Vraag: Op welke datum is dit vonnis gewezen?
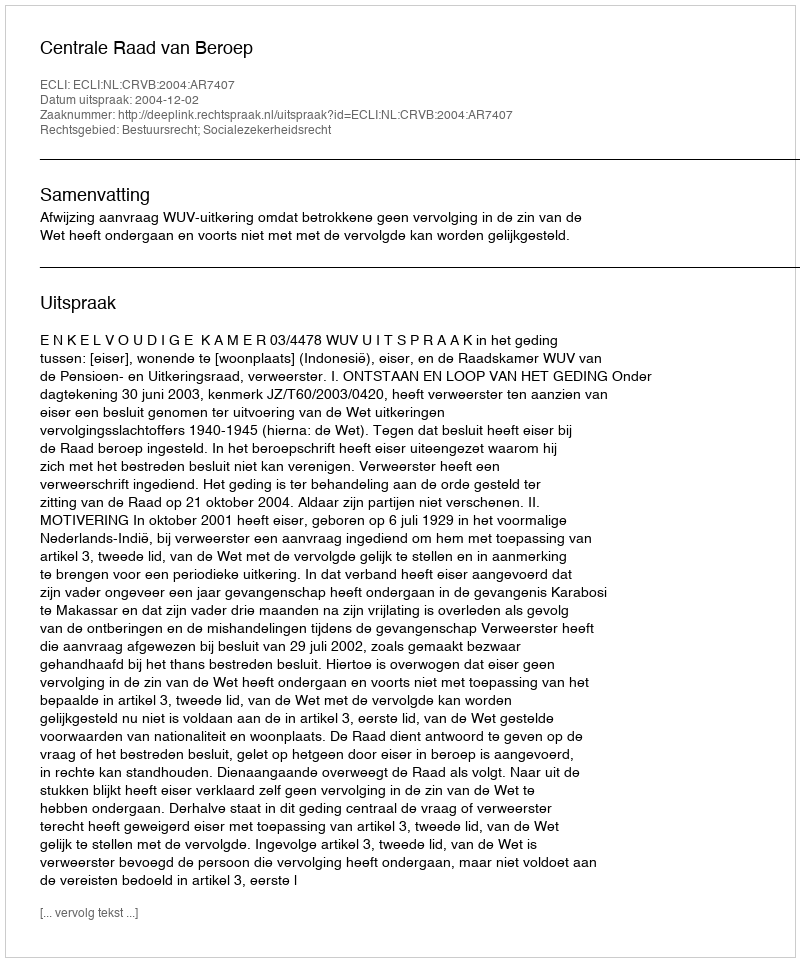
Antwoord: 2004-12-02